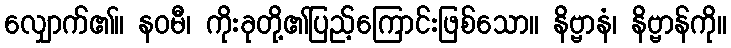
လျှောက်၏။ နဝမီ၊ ကိုးခုတို့၏ပြည့်ကြောင်းဖြစ်သော။ နိဗ္ဗာနံ၊ နိဗ္ဗာန်ကို။